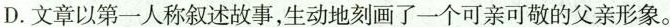
D.文章以第一人称叙述故事,生动地刻画了个可亲可敬的父亲形象。